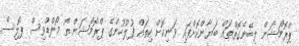
ޕްރޮމޯޝަން ލިބޭނެގޮތްތައް ބަޔާންކޮށްފައި ވަނިކޮށް ކިތައް ފުލުހުންގެ ޕްރޮމޯޝަން ތޯ މޯލްޑްވިސް ޕޮލިސް